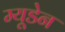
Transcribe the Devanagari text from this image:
म्यूडेन